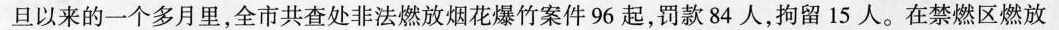
旦以来的一个多月里，全市共查处非法燃放烟花爆竹案件96起，罚款84人，拘留15人。在禁燃区燃放